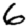
Digit: 6